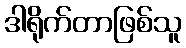
ဒါရိုက်တာဖြစ်သူ